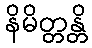
နိမိတ္တန္တိ